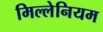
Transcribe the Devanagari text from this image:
मिल्लेनियम